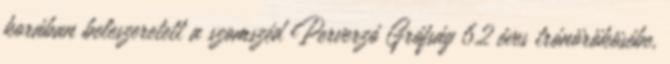
korában beleszeretett a szomszéd Perverzó Grófság 62 éves trónörökösébe,